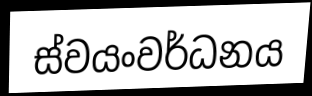
ස්වයංවර්ධනය